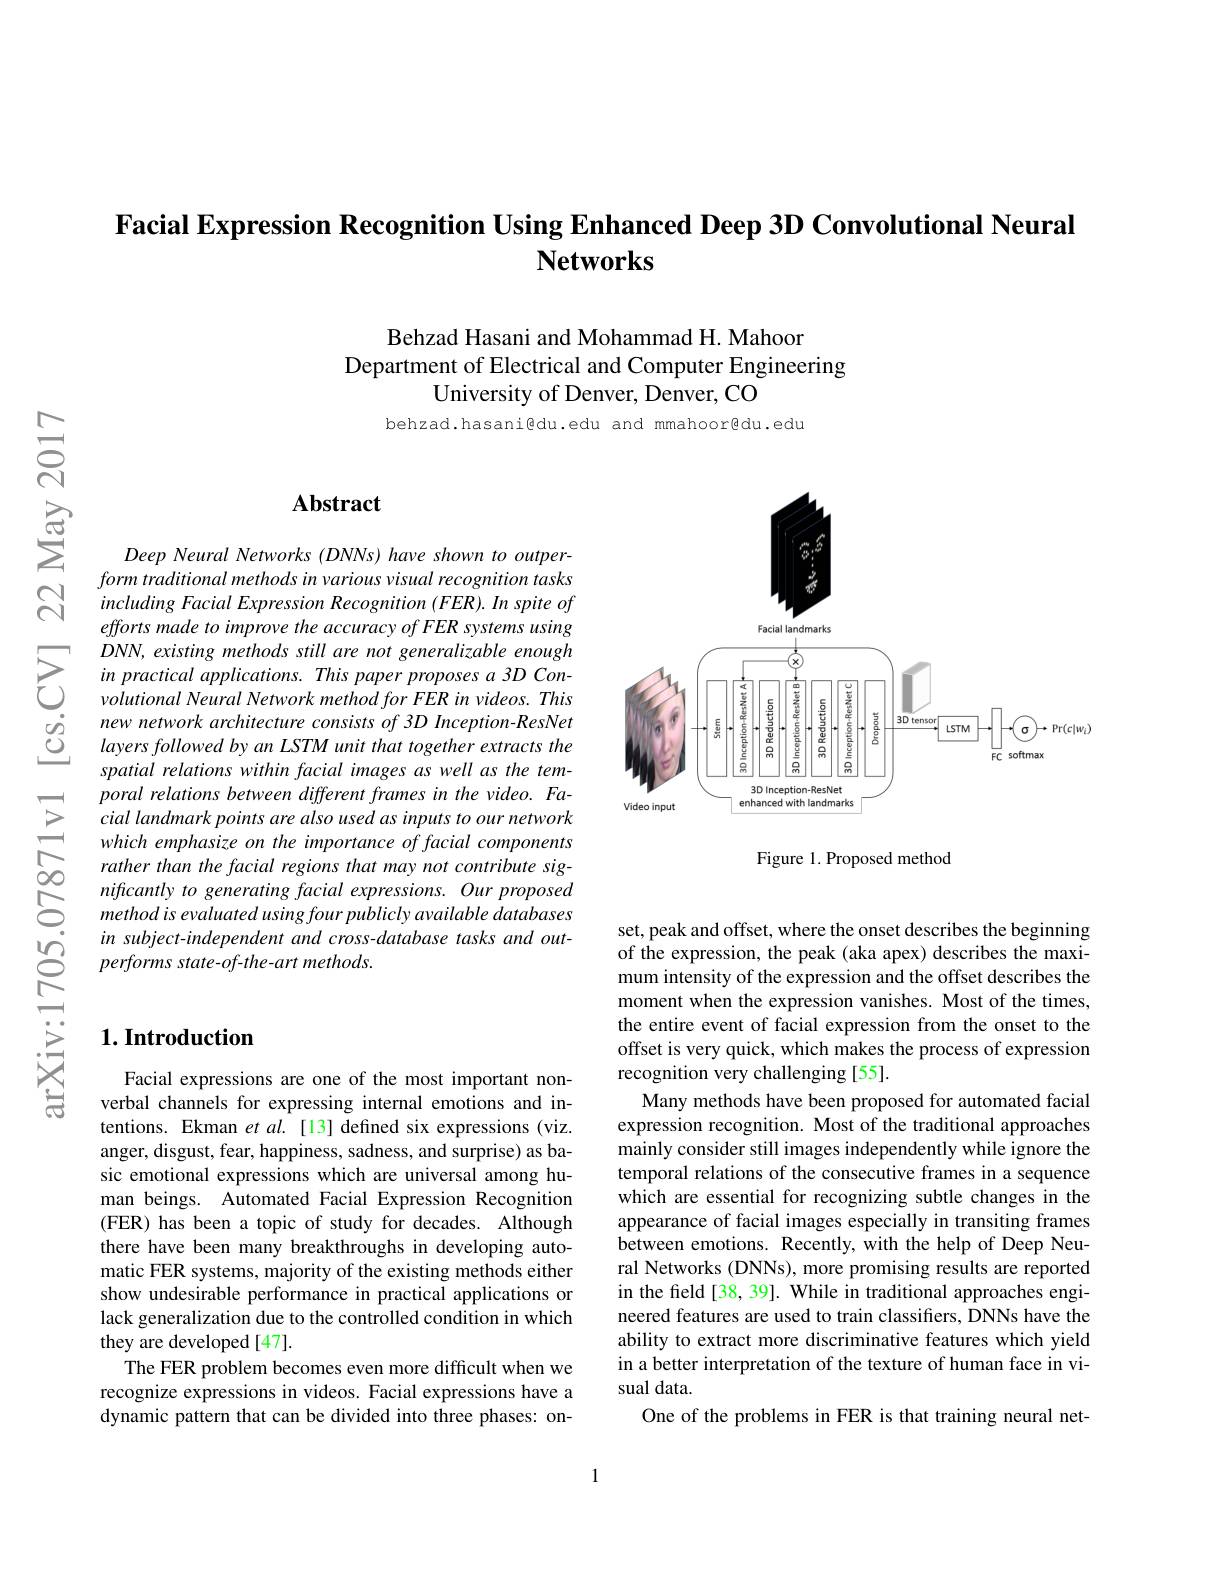
Facial Expression Recognition Using Enhanced Deep 3D Convolutional Neural
$\mathbf{Networks}$

Behzad Hasani and Mohammad H. Mahoor
Department of Electrical and Computer Engineering
University of Denver, Denver, CO

behzad.hasani@du.edu and mmahoorgdu.edu

### $\mathbf{Abstract}$

Deep Neural Networks (DNNs) have shown to outper- $form\textit{ traditional methods in various visual recognition tasks}$ including Facial Expression Recognition (FER). In spite of efforts made to improve the accuracy of FER systems using
$\sum_{\begin{array}{cc}&DNN,existing&methods&still&are&not&generalizable&enough\\&in&practical&applications.&This&paper&proposes&a&3D&Con-\\&&volutional&Neural&Network&methodfor&FER&in&videos.&This\end{array}}$ $\begin{array}{ccc}\dot{g}&\text{new network architecture consists of 3D Inception-ResNet}\\\dot{g}&\text{layers followed by an LSTM unit that together extracts the}\end{array}$
spatial relations within facial images as well as the temporal relations between different frames in the video. Facial landmark points are also used as inputs to our network which emphasize on the importance of facial components rather than the facial regions that may not contribute significantly to generating facial expressions. Our proposed method is evaluated using four publicly available databases in subject- independent and cross- database tasks and out- $performsstate-of-the-art~methods.$

<FigureHere>

Figure 1. Proposed method

set, peak and offset, where the onset describes the beginning of the expression, the peak (aka apex) describes the maximum intensity of the expression and the offset describes the moment when the expression vanishes. Most of the times, the entire event of facial expression from the onset to the offset is very quick, which makes the process of expression recognition very challenging [55].
Many methods have been proposed for automated facial expression recognition. Most of the traditional approaches mainly consider still images independently while ignore the temporal relations of the consecutive frames in a sequence which are essential for recognizing subtle changes in the appearance of facial images especially in transiting frames between emotions. Recently, with the help of Deep Neural Networks (DNNs), more promising results are reported in the freld [38, 39]. While in traditional approaches engineered features are used to train classifiers, DNNs have the ability to extract more discriminative features which yield in a better interpretation of the texture of human face in visual data.
One of the problems in FER is that training neural net-

1

## $1. \textbf{Introduction}$

Facial expressions are one of the most important nonverbal channels for expressing internal emotions and intentions. Ekman et $al.$ [13] defined six expressions (viz. anger, disgust, fear, happiness, sadness, and surprise) as basic emotional expressions which are universal among human beings. Automated Facial Expression Recognition (FER) has been a topic of study for decades. Although there have been many breakthroughs in developing automatic FER systems, majority of the existing methods either show undesirable performance in practical applications or lack generalization due to the controlled condition in which they are developed [47].
The FER problem becomes even more difficult when we recognize expressions in videos. Facial expressions have a dynamic pattern that can be divided into three phases: on-